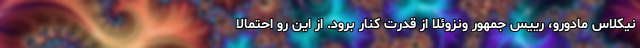
نیکلاس مادورو، رییس جمهور ونزوئلا از قدرت کنار برود. از این رو احتمالا